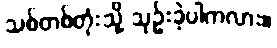
သစ်တစ်တုံးသို့ သုဉ်းခဲ့ပါကလား။